Indian journal of veterinary science and animal husbandry - Volume 11,
Year: 1941
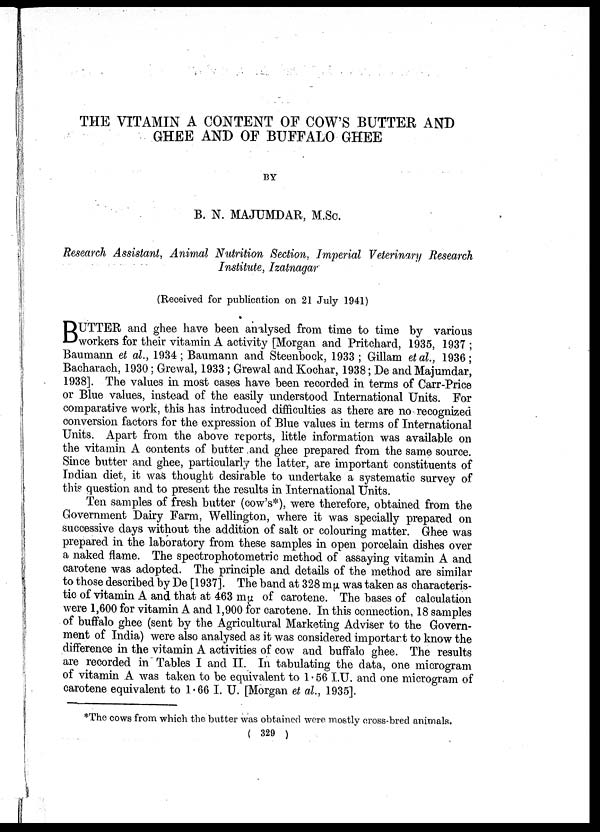
THE VITAMIN A CONTENT OF COW'S BUTTER AND
GHEE AND OF BUFFALO GHEE
BY
B. N. MAJUMDAR, M.Sc.
Research Assistant, Animal Nutrition Section, Imperial Veterinary Research
Institute, Izatnagar
(Received for publication on 21 July 1941)
B UTTER and ghee have been analysed from time to time by various
workers for their vitamin A activity [Morgan and Pritchard, 1935, 1937 ;
Baumann et al., 1934; Baumann and Steenbock, 1933; Gillam et al., 1936;
Bacharach, 1930; Grewal, 1933 ; Grewal and Kochar, 1938; De and Majumdar,
1938]. The values in most cases have been recorded in terms of Carr-Price
or Blue values, instead of the easily understood International Units. For
comparative work, this has introduced difficulties as there are no recognized
conversion factors for the expression of Blue values in terms of International
Units. Apart from the above reports, little information was available on
the vitamin A contents of butter and ghee prepared from the same source.
Since butter and ghee, particularly the latter, are important constituents of
Indian diet, it was thought desirable to undertake a systematic survey of
this question and to present the results in International Units.
Ten samples of fresh butter (cow's*), were therefore, obtained from the
Government Dairy Farm, Wellington, where it was specially prepared on
successive days without the addition of salt or colouring matter. Ghee was
prepared in the laboratory from these samples in open porcelain dishes over
a naked flame. The spectrophotometric method of assaying vitamin A and
carotene was adopted. The principle and details of the method are similar
to those described by De [1937]. The band at 328 mµ was taken as characteris-
tic of vitamin A and that at 463 mµ of carotene. The bases of calculation
were 1,600 for vitamin A and 1,900 for carotene. In this connection, 18 samples
of buffalo ghee (sent by the Agricultural Marketing Adviser to the Govern-
ment of India) were also analysed as it was considered importart to know the
difference in the vitamin A activities of cow and buffalo ghee. The results
are recorded in Tables I and II. In tabulating the data, one microgram
of vitamin A was taken to be equivalent to 1.56 I.U. and one microgram of
carotene equivalent to 1.66 I. U. [Morgan et al., 1935].
*The cows from which the butter was obtained were mostly cross-bred animals.
( 329 )